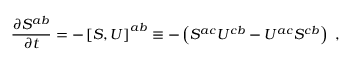
\frac { \partial S ^ { a b } } { \partial t } = - \left[ S , U \right] ^ { a b } \equiv - \left( S ^ { a c } U ^ { c b } - U ^ { a c } S ^ { c b } \right) \; ,